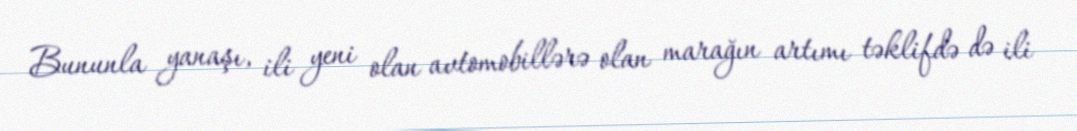
Bununla yanaşı, ili yeni olan avtomobillərə olan marağın artımı təklifdə də ili